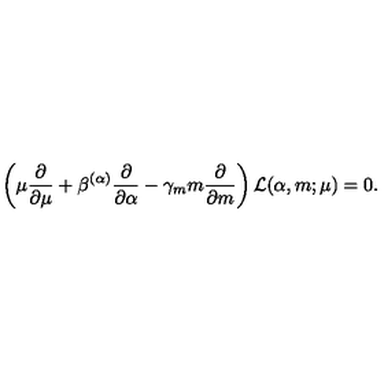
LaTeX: \left( \mu \frac { \partial } { \partial \mu } + \beta ^ { ( \alpha ) } \frac { \partial } { \partial \alpha } - \gamma _ { m } m \frac { \partial } { \partial m } \right) { \cal L } ( \alpha , m ; \mu ) = 0 .